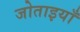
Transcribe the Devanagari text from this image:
जोताइयाँ